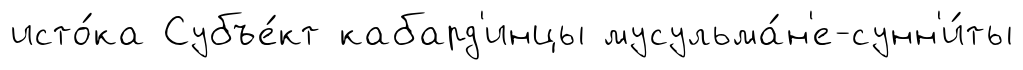
исто́ка Субъе́кт кабард'инцы мусульма́н'е-сунн'и́ты